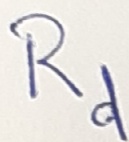
Text: Rd